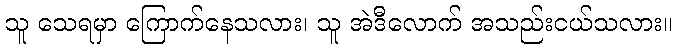
သူ သေရမှာ ကြောက်နေသလား၊ သူ အဲဒီလောက် အသည်းငယ်သလား။